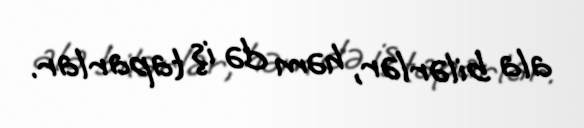
ala bilərlər, həm də iş taparlar.